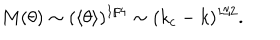
LaTeX: M ( \theta ) \sim ( \langle \theta \rangle ) ^ { 1 / 4 } \sim ( k _ { c } - k ) ^ { 1 / 2 } .